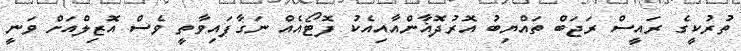
ތުރުކީގެ ރައީސް ރަޖަބް ތައްޔިބު އޮރުދޮޣާންއާއިއެކު ފޮޓޯއެއް ނަގާފައިވާތީ ވެސް އޮޒިލްއަށް ވަނީ